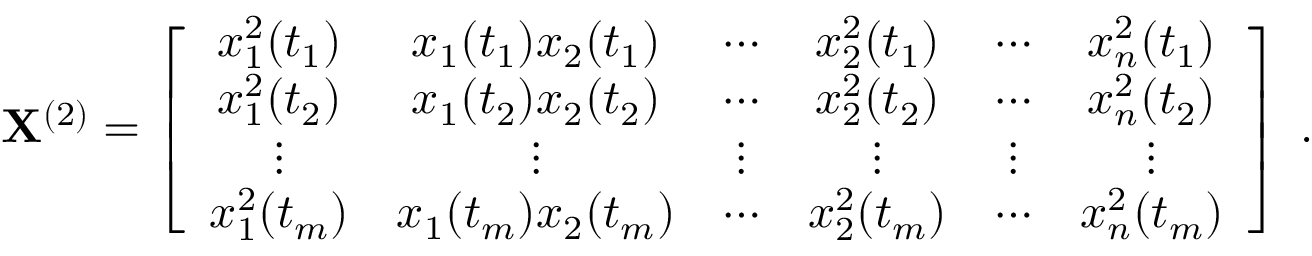
{ \bf X } ^ { ( 2 ) } = \left[ \begin{array} { c c c c c c } { x _ { 1 } ^ { 2 } ( t _ { 1 } ) } & { x _ { 1 } ( t _ { 1 } ) x _ { 2 } ( t _ { 1 } ) } & { \cdots } & { x _ { 2 } ^ { 2 } ( t _ { 1 } ) } & { \cdots } & { x _ { n } ^ { 2 } ( t _ { 1 } ) } \\ { x _ { 1 } ^ { 2 } ( t _ { 2 } ) } & { x _ { 1 } ( t _ { 2 } ) x _ { 2 } ( t _ { 2 } ) } & { \cdots } & { x _ { 2 } ^ { 2 } ( t _ { 2 } ) } & { \cdots } & { x _ { n } ^ { 2 } ( t _ { 2 } ) } \\ { \vdots } & { \vdots } & { \vdots } & { \vdots } & { \vdots } & { \vdots } \\ { x _ { 1 } ^ { 2 } ( t _ { m } ) } & { x _ { 1 } ( t _ { m } ) x _ { 2 } ( t _ { m } ) } & { \cdots } & { x _ { 2 } ^ { 2 } ( t _ { m } ) } & { \cdots } & { x _ { n } ^ { 2 } ( t _ { m } ) } \end{array} \right] \; .